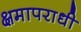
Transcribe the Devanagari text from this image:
क्षमापराधी